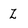
Character: Z